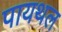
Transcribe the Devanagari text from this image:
पायथल